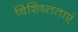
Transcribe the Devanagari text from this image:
विशिष्तताएं